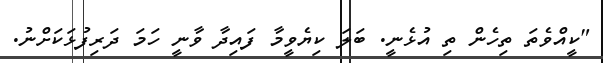
"ކީއްވެތަ ތިހެން ތި އުޅެނީ. ބަލަ ކިޔެވީމާ ފައިދާ ވާނީ ހަމަ ދަރިފުޅަކަށްނު.